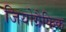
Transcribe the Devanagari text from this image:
जियोग्रैफिक